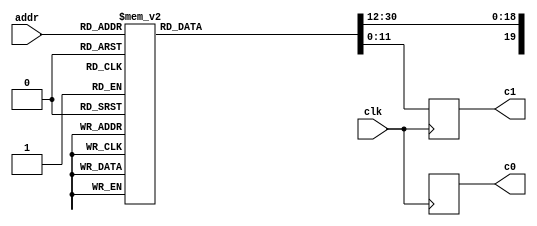
module square_root_coeff (
    
    input clk,                    // system clock
 
    // Data interface
    input [5:0] addr,             // read address
    output reg [19:0] c0,         // coefficient c0, 
    output reg [11:0] c1,         // coefficient c1, 
              
);
 
// Local variables
reg [30:0] d;    // {c0, c1}
 
 
// Table
always @ (*) begin
    case (addr)
        8'd0  : d = 32'b1100110111110001110_011110000000;
        8'd1  : d = 32'b1101001011111011001_111011110011;
        8'd2  : d = 32'b0101010111101101110_010101000000;
        8'd3  : d = 32'b1101011101111111001_111111010011;
        8'd4  : d = 32'b0101100101100100010_101110011100;
        8'd5  : d = 32'b1101111010111110111_101000001100;
        8'd6  : d = 32'b1110001001011101011_011011010011;
        8'd7  : d = 32'b1110010011110011100_101101011001;
        8'd8  : d = 32'b0101111110110101010_011001000110;
        8'd9  : d = 32'b1110010010111100001_111010111011;
        8'd10 : d = 32'b0110100000101110001_000111111000;
        8'd11 : d = 32'b0110101010110001001_101100100011;
        8'd12 : d = 32'b0110001111001100101_111001100011;
        8'd13 : d = 32'b1110100001110101001_111010010101;
        8'd14 : d = 32'b0110101110100111010_011010000101;
        8'd15 : d = 32'b1110110111111100110_001011001010;
        8'd16 : d = 32'b0110011010110100101_100100110110;
        8'd17 : d = 32'b0110101100001001100_111111010010;
        8'd18 : d = 32'b0110111000000001000_101110011111;
        8'd19 : d = 32'b11111000000101011011_101001101001;
        8'd20 : d = 32'b00110100011100101111_011100100011;
        8'd21 : d = 32'b00110110011110011100_001100101001;
        8'd22 : d = 32'b10110111110111000110_001000110100;
        8'd23 : d = 32'b00111000110111101101_001100011100;
        8'd24 : d = 32'b10110101010011111110_011110111110;
        8'd25 : d = 32'b00110111001110000100_100001100011;
        8'd26 : d = 32'b00111000100001011001_101000110010;
        8'd27 : d = 32'b11111001011110000001_110011100100;
        8'd28 : d = 32'b01110110000000110101_101010001000;
        8'd29 : d = 32'b11110111110100011001_111100101010;
        8'd30 : d = 32'b11111001000011001010_001101011010;
        8'd31 : d = 32'b10111001111100011001_011110010110;
        8'd32 : d = 32'b01110110100110001001_111100010101;
        8'd33 : d = 32'b11111000010100000101_011100110010;
        8'd34 : d = 32'b10111001011110111001_110101110100;
        8'd35 : d = 32'b11111010010101001100_001100000110;
        8'd36 : d = 32'b00110111000101110100_010100010001;
        8'd37 : d = 32'b01111000101110110010_000000111110;
        8'd38 : d = 32'b10111001110110001010_100001010001;
        8'd39 : d = 32'b10111010101001111011_111100001111;
        8'd40 : d = 32'b00110111100001000101_110000110111;
        8'd41 : d = 32'b11111001000101101101_101000011110;
        8'd42 : d = 32'b11111010001010000011_001111001101;
        8'd43 : d = 32'b00111010111011100011_101110010101;
        8'd44 : d = 32'b01110111111000111001_010001010110;
        8'd45 : d = 32'b00111001011001101000_010010101101;
        8'd46 : d = 32'b01111010011011010001_111111001101;
        8'd47 : d = 32'b11111011001010110011_100010000001;
        8'd48 : d = 32'b01111000001101111010_110101000100;
        8'd49 : d = 32'b11111001101011001001_111111001110;
        8'd50 : d = 32'b00111010101010011000_110000111001;
        8'd51 : d = 32'b11111011011000001000_010111000010;
        8'd52 : d = 32'b11111000100000100111_011011100010;
        8'd53 : d = 32'b11111001111010101101_101101101001;
        8'd54 : d = 32'b01111010110111110001_100100000001;
        8'd55 : d = 32'b01111011100011111010_001101001010;
        8'd56 : d = 32'b10111000110001011010_000100010101;
        8'd57 : d = 32'b00111010001000101001_011101101101;
        8'd58 : d = 32'b00111011000011101110_011000010110;
        8'd59 : d = 32'b10111011101110011011_000100001110;
        8'd60 : d = 32'b11111001000000100110_101111001000;
        8'd61 : d = 32'b01111010010101001110_001111001011;
        8'd62 : d = 32'b01111011001110100000_001101101110;
        8'd63 : d = 32'b11111011110111111001_111100000110;
        default: d = 31'd0;
    endcase
end
 
 
// Output data
always @ (posedge clk) begin
    c0 <= d[31:12];
    c1 <= d[11:0];
end
 
 
endmodule